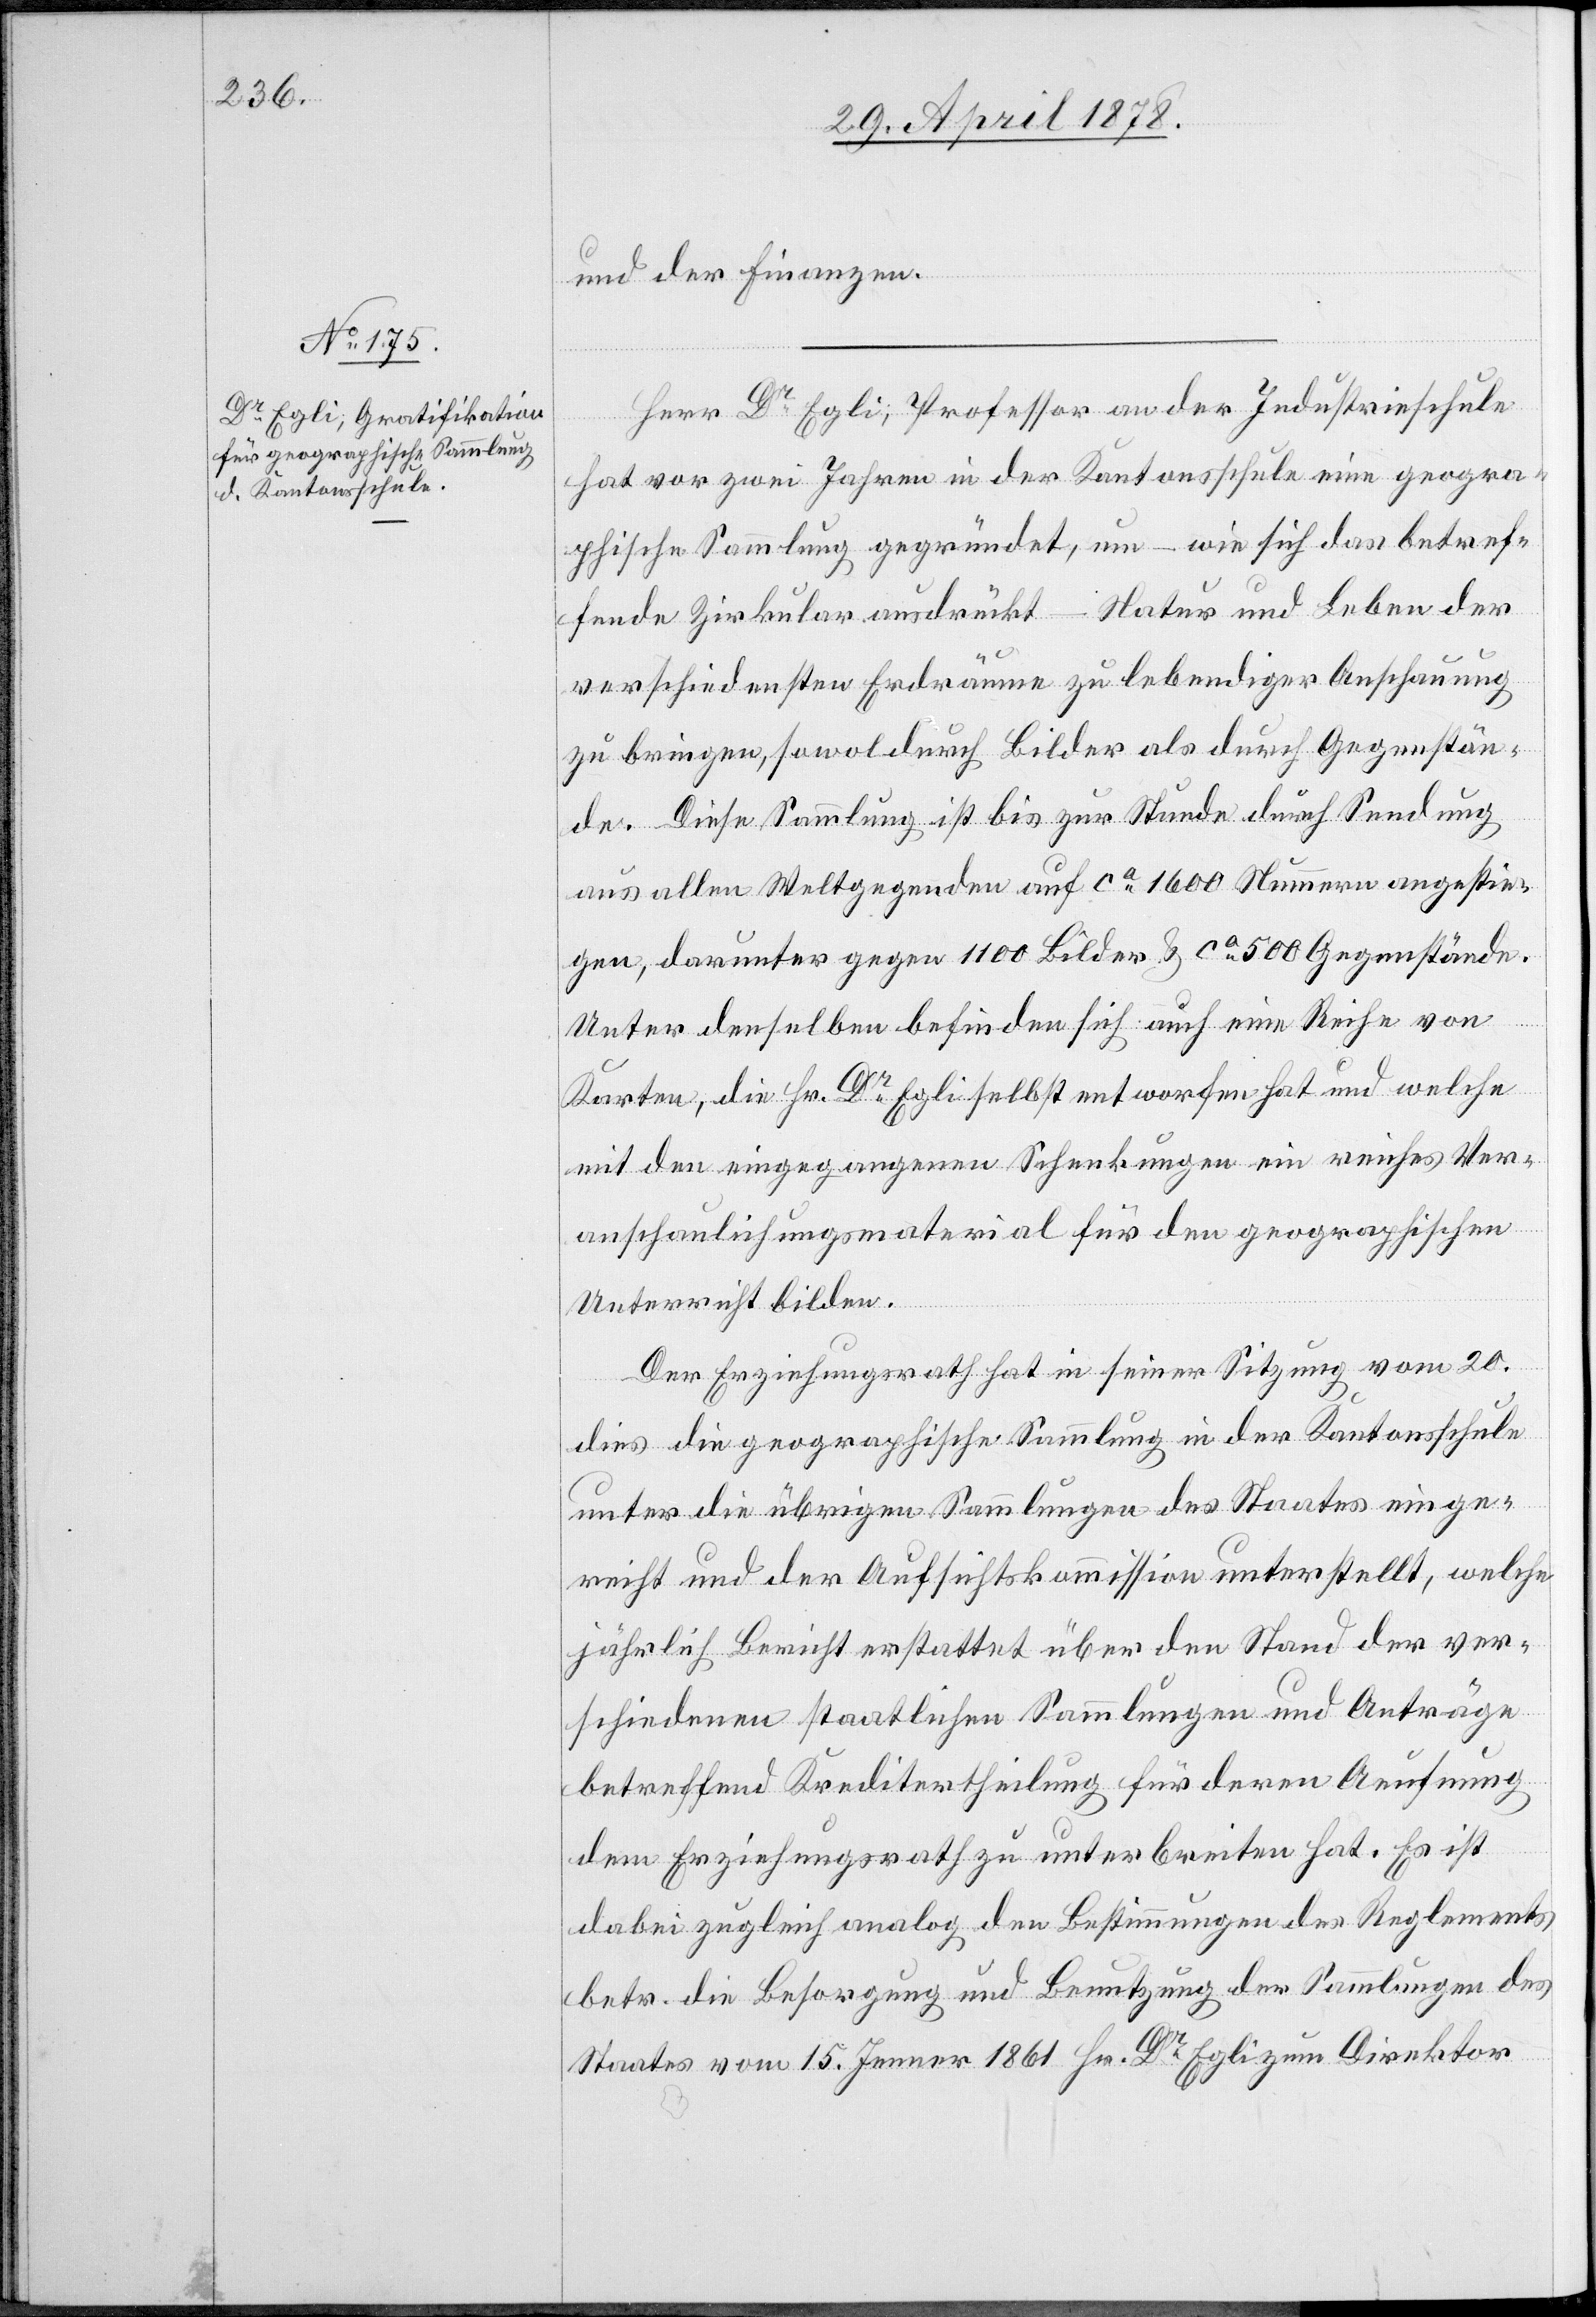
und der Finanzen.
Herr Dr Egli, Professor an der Industrieschule
hat vor zwei Jahren in der Kantonsschule eine geogra¬
phische Sammlung gegründet, um – wie sich das betref¬
fende Zirkular ausdrückt – Natur und Leben der
verschiedensten Erdräume zu lebendiger Anschauung
zu bringen, sowol durch Bilder als durch Gegenstän¬
de. Diese Sammlung ist bis zur Stunde durch Sendung
aus allen Weltgegenden auf ca 1600 Nummern angestie¬
gen, darunter gegen 1100 Bilder & ca 500 Gegenstände.
Unter denselben befinden sich auch eine Reihe von
Karten, die Dr Egli selbst entworfen hat und welche
mit den eingegangenen Schenkungen ein reiches Ver¬
anschaulichungsmaterial für den geographischen
Unterricht bilden.
Der Erziehungsrath hat in seiner Sitzung vom 20.
dies die geographische Sammlung in der Kantonsschule
unter die übrigen Sammlungen des Staates einge¬
reicht und der Aufsichtskommission unterstellt, welche
jährlich Bericht erstattet über den Stand der ver¬
schiedenen staatlichen Sammlungen und Anträge
betreffend Kreditertheilung für deren Aeufnung
dem Erziehungsrath zu unterbreiten hat. Es ist
dabei zugleich analog den Bestimmungen des Reglements
betr. die Besorgung und Benutzung der Sammlungen des
Staates vom 15. Jenner 1861 Hr. Dr Egli zum Direktor